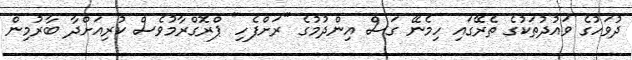
ދުވަހުގެ ވައުދުތަކުގެ ތެރޭގައި ހިމެނޭ ގަސް އިންދުމުގެ "ރަށްފެހި" ޕްރޮގްރާމުވެސް ކުރިއަށްދާ ބާރުމިން